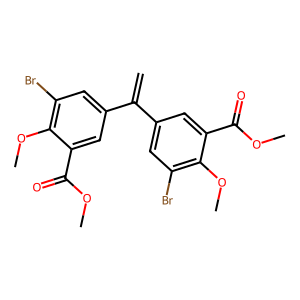
SMILES: C=C(c1cc(Br)c(OC)c(C(=O)OC)c1)c1cc(Br)c(OC)c(C(=O)OC)c1
Inhibits HIV replication: No